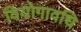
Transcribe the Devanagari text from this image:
वियोगावधि